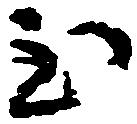
至